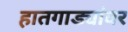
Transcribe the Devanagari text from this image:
हातगाड्यांवर